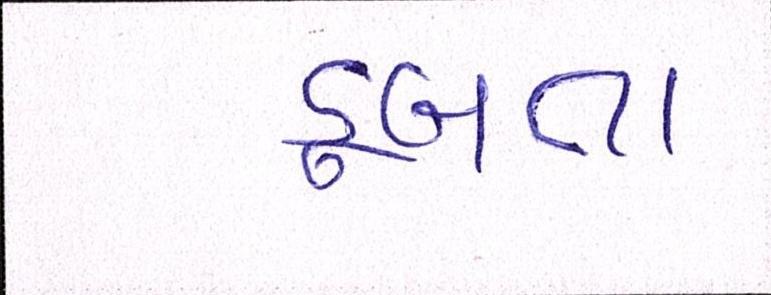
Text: ડૂબતા